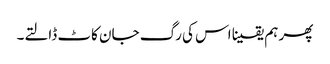
پھر ہم یقینا اس کی رگ جان کاٹ ڈالتے۔